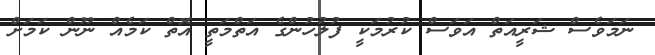
ނަމަވެސް ޝަރީއަތް އަވަސް ކުރުމަކީ ފުލުހުންގެ އަތްމަތީ އޮތް ކަމެއް ނޫން ކަމަށް